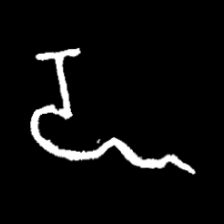
Pyu character \u2014 Myanmar letter: ဍ (romanized: dda)